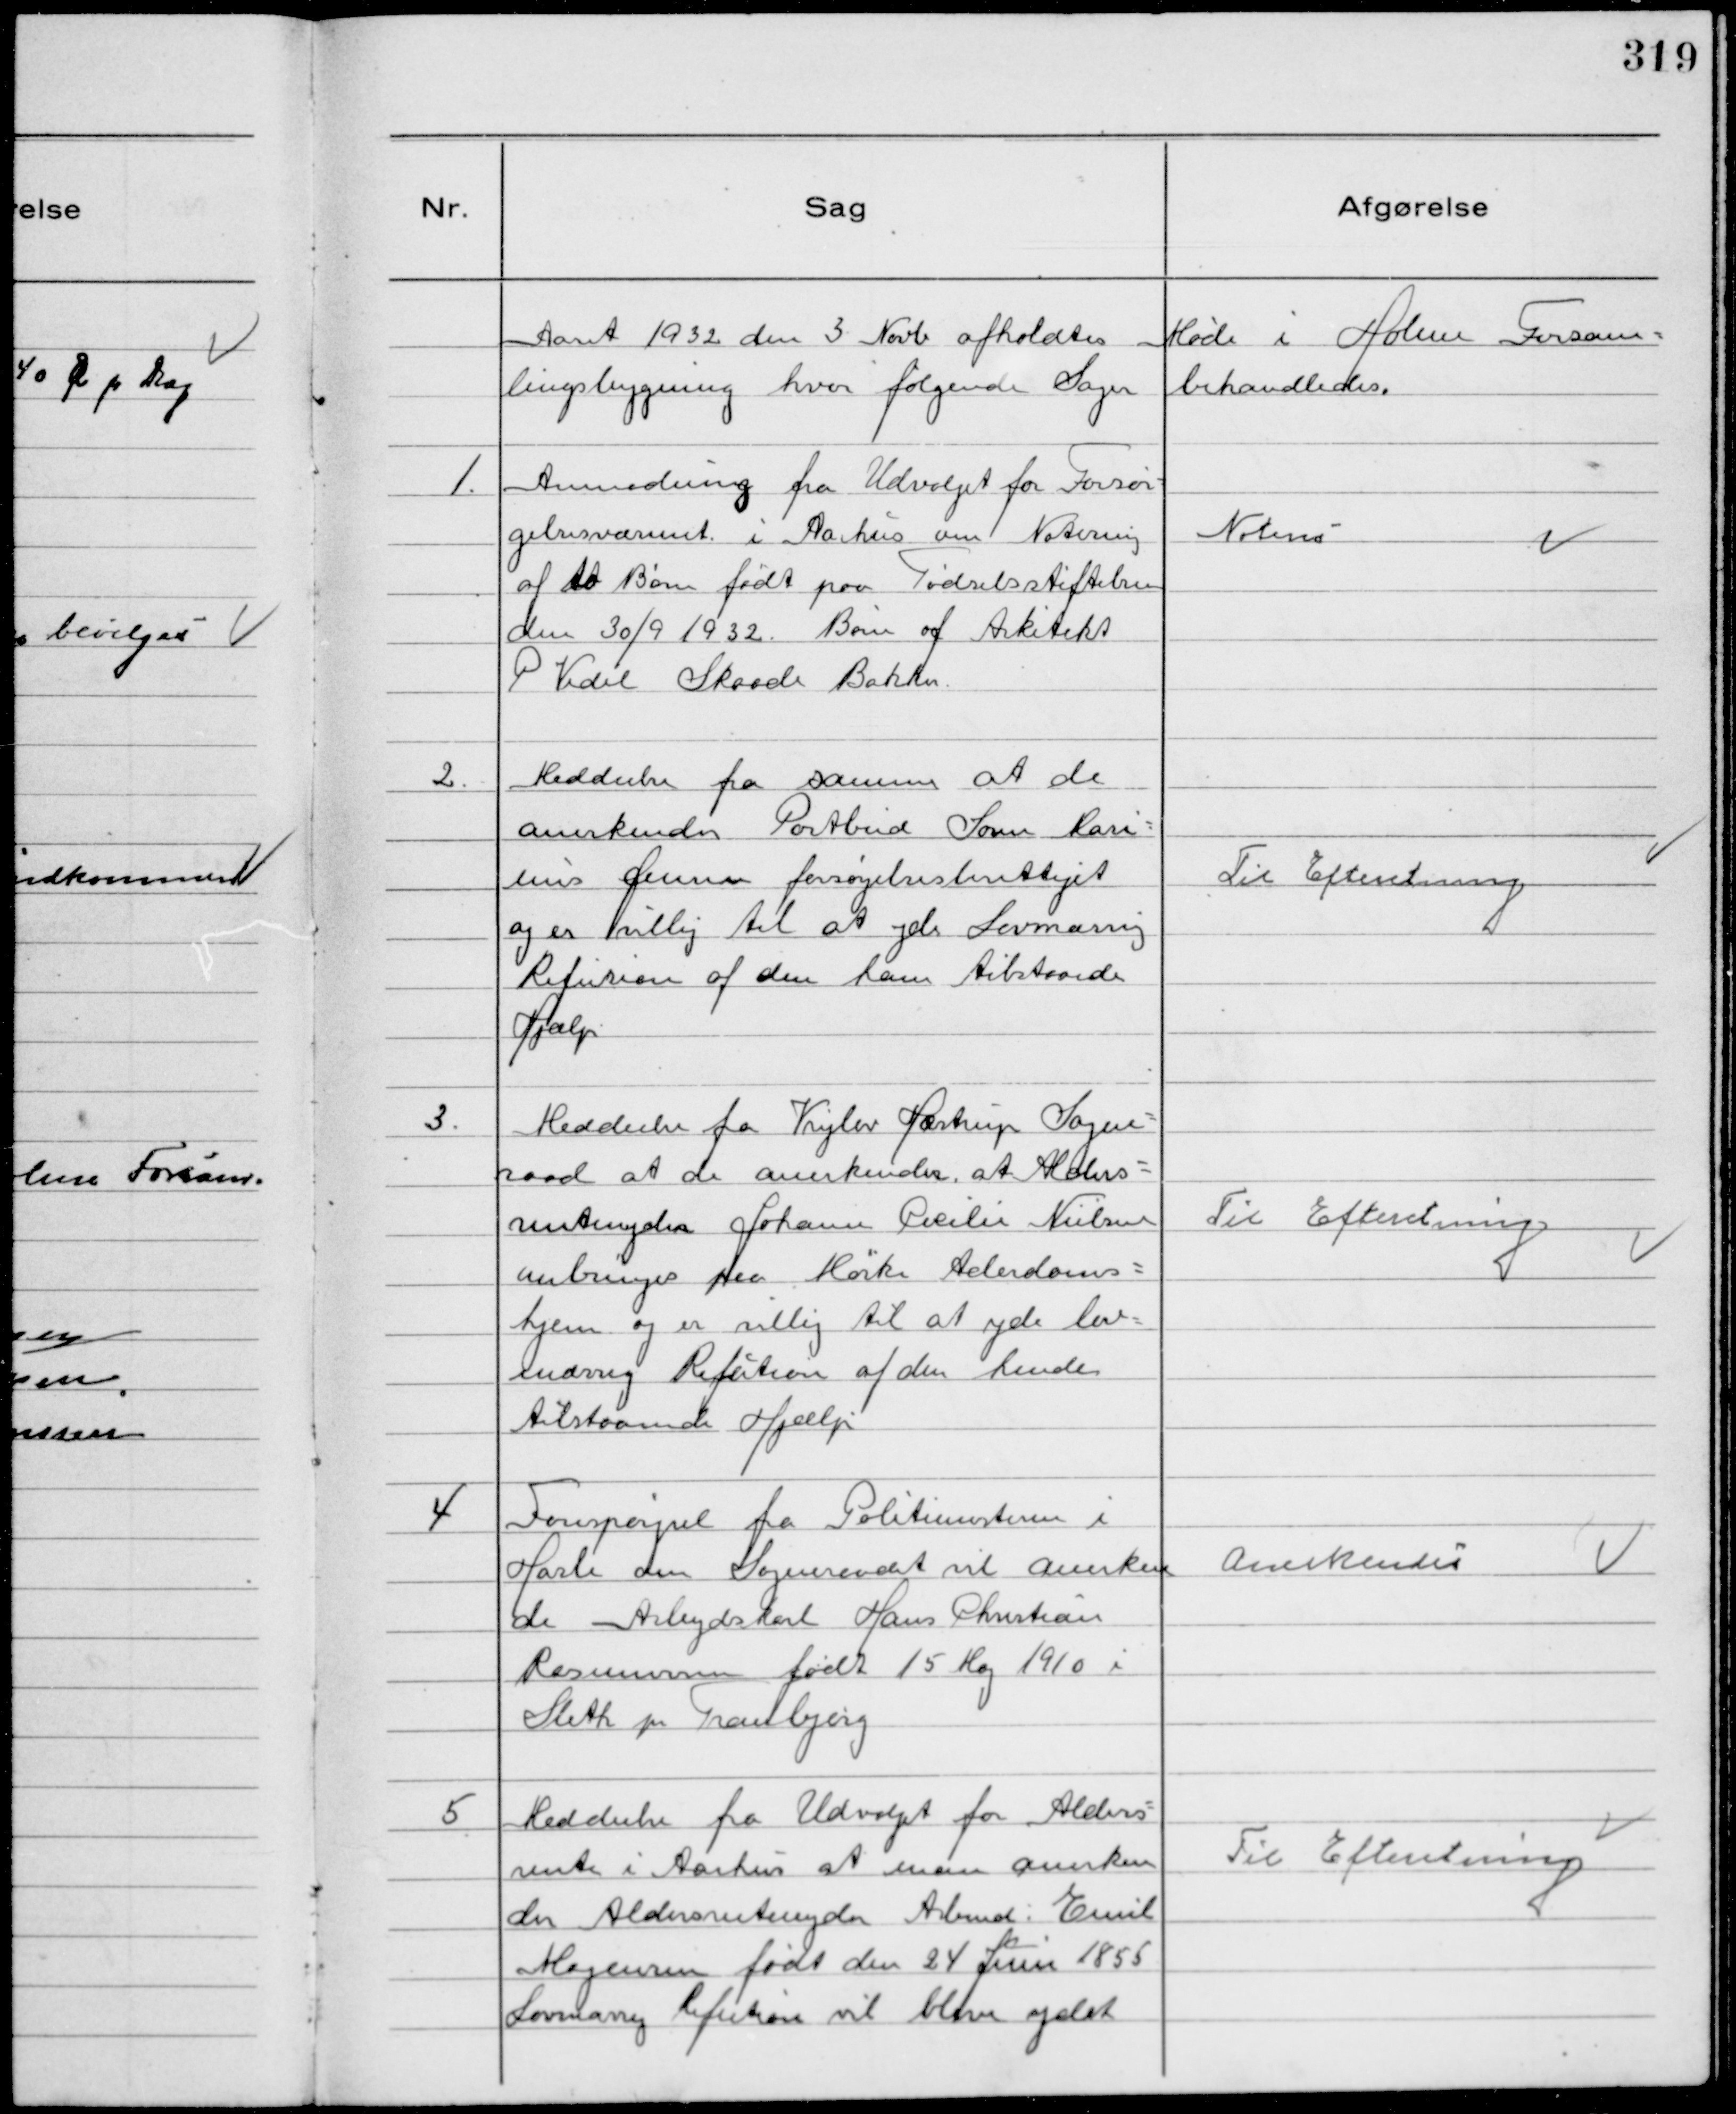
Transskription:
Aaret 1932 den 3 Novb afholdtes Møde i Holme Forsam-
lingsbygning hvor følgende Sager behandledes.

1.
Anmodning fra Udvalget for Forsør-
gelsesvæsenet i Aarhus om Notering
af to Børn født paa Fødselsstiftelsen
den 30/9 1932. Børn af Arkitekt
P Vedel Skaade Bakker.

Noteres

2.
Meddeelse fra samme at de
anerkender Postbud Søren Mari-
nus Jensen forsørgelsesberettiget
og er villig til at yde Lovmæssig
Refusion af den ham tilstaaede
Hjælp

Til Efteretning

3.
Meddeelse fra Vrejlev Hæstrup Sogne-
raad at de anerkender at Alders-
rentenyder Johanne Cecilie Nielsen
anbringes paa Mørke Alderdoms-
hjem og er villig til at yde lov-
mæssig Refution af den hende
tilstaaende Hjælp

Til Efteretning

4
Forespørgsel fra Politimesteren i
Hasle om Sogneraadet vil anerken
de Arbejdskarl Hans Christian
Rasmussen født 15 Maj 1910 i
Sleth pr Tranbjerg

Anerkendes

5
Meddeelse fra Udvalget for Alders-
rente i Aarhus at man anerken
der Aldersrentenyder Arbmd. Emil
Mogensen født den 24 Juni 1855
Lovmæssig Refution vil blive ydet

Til Efteretning